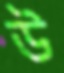
উ